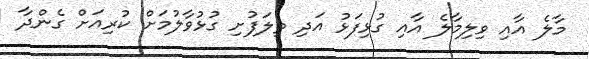
މާލެ އާއި ވިލިމާލެ އާއި ގުޅިފަޅު އަދި ތިލަފުށި ގުޅުވާލުމަށް ކުރިއަށް ގެންދާ